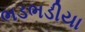
ભડભડીયા